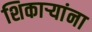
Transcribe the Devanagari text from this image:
शिकार्‍यांना